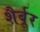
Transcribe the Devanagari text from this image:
शैर्बूर